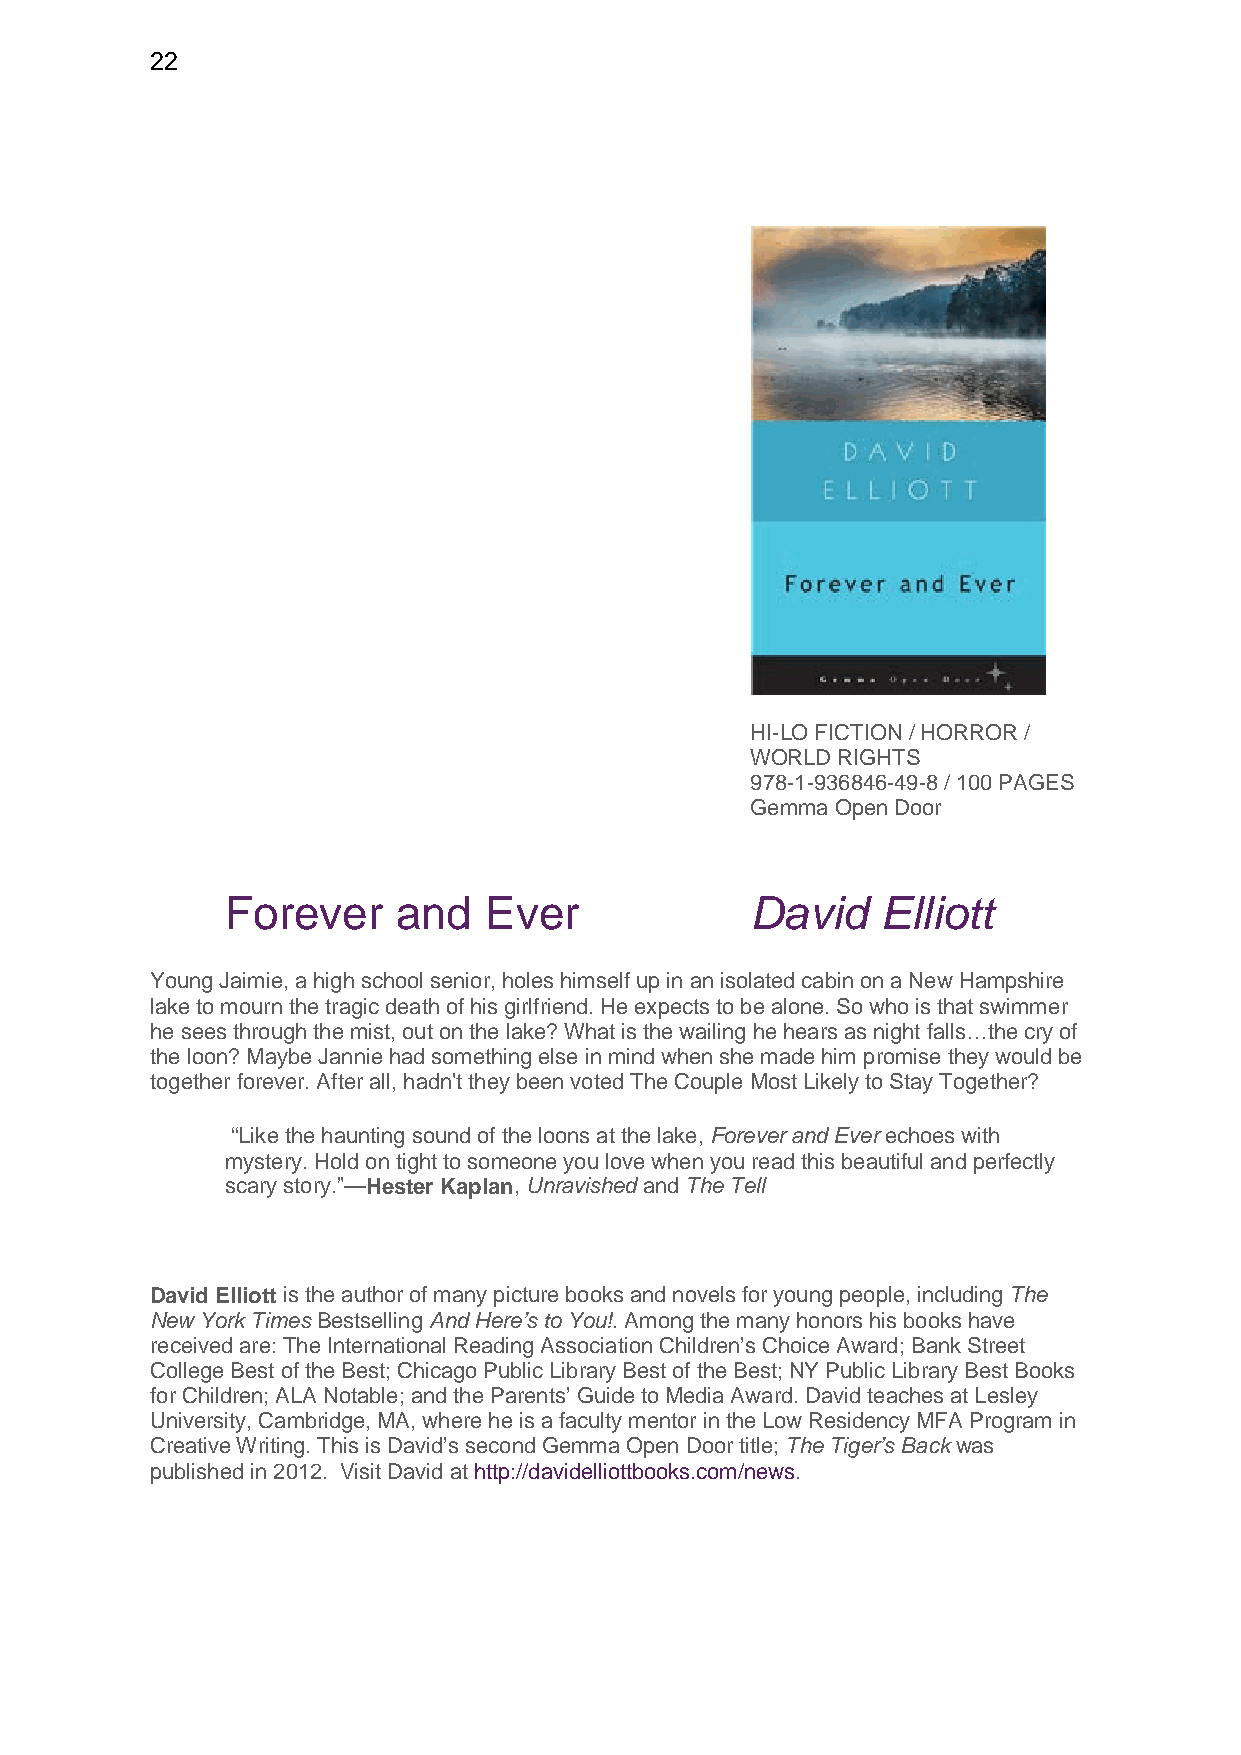
22
 HI-LO FICTION / HORROR /
 WORLD RIGHTS
 978-1-936846-49-8 / 100 PAGES
 Gemma Open Door
 Forever    and   Ever              David   Elliott
 Young Jaimie, a high school senior, holes himself up in an isolated cabin on a New Hampshire
 lake to mourn the tragic death of his girlfriend. He expects to be alone. So who is that swimmer
 he sees through the mist, out on the lake? What is the wailing he hears as night falls…the cry of
 the loon? Maybe Jannie had something else in mind when she made him promise they would be
 together forever. After all, hadn't they been voted The Couple Most Likely to Stay Together?
 “Like the haunting sound of the loons at the lake, Forever and Ever echoes with
 mystery. Hold on tight to someone you love when you read this beautiful and perfectly
 scary story.”—Hester Kaplan, Unravished and The Tell
 David Elliott is the author of many picture books and novels for young people, including The
 New York Times Bestselling And Here’s to You!. Among the many honors his books have
 received are: The International Reading Association Children’s Choice Award; Bank Street
 College Best of the Best; Chicago Public Library Best of the Best; NY Public Library Best Books
 for Children; ALA Notable; and the Parents’ Guide to Media Award. David teaches at Lesley
 University, Cambridge, MA, where he is a faculty mentor in the Low Residency MFA Program in
 Creative Writing. This is David’s second Gemma Open Door title; The Tiger’s Back was
 published in 2012. Visit David at http://davidelliottbooks.com/news.